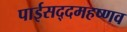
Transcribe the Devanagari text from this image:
पाईसद्दमहष्णव